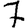
Digit: 7